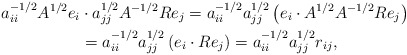
\begin{align*}a_{ii}^{-1/2}A^{1/2}e_i&\cdot a_{jj}^{1/2}A^{-1/2}Re_j = a_{ii}^{-1/2}a_{jj}^{1/2}\left(e_i\cdot A^{1/2}A^{-1/2}Re_j\right) \\ &= a_{ii}^{-1/2}a_{jj}^{1/2}\left(e_i\cdot Re_j\right) = a_{ii}^{-1/2}a_{jj}^{1/2}r_{ij},\end{align*}